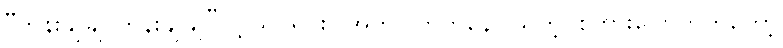
“တိန်းချိုချို တိန်းချိုချို”လို့ သင်ရင်း (အက) တတ်နေပါသတဲ့၊ စကားပြောတတ်တော့